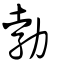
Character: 勃